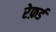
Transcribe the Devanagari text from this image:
रेफ़र्ड